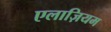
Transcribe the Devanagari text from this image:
एलाज़ियम